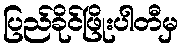
ပြည်ခိုင်ဖြိုးပါတီမှ